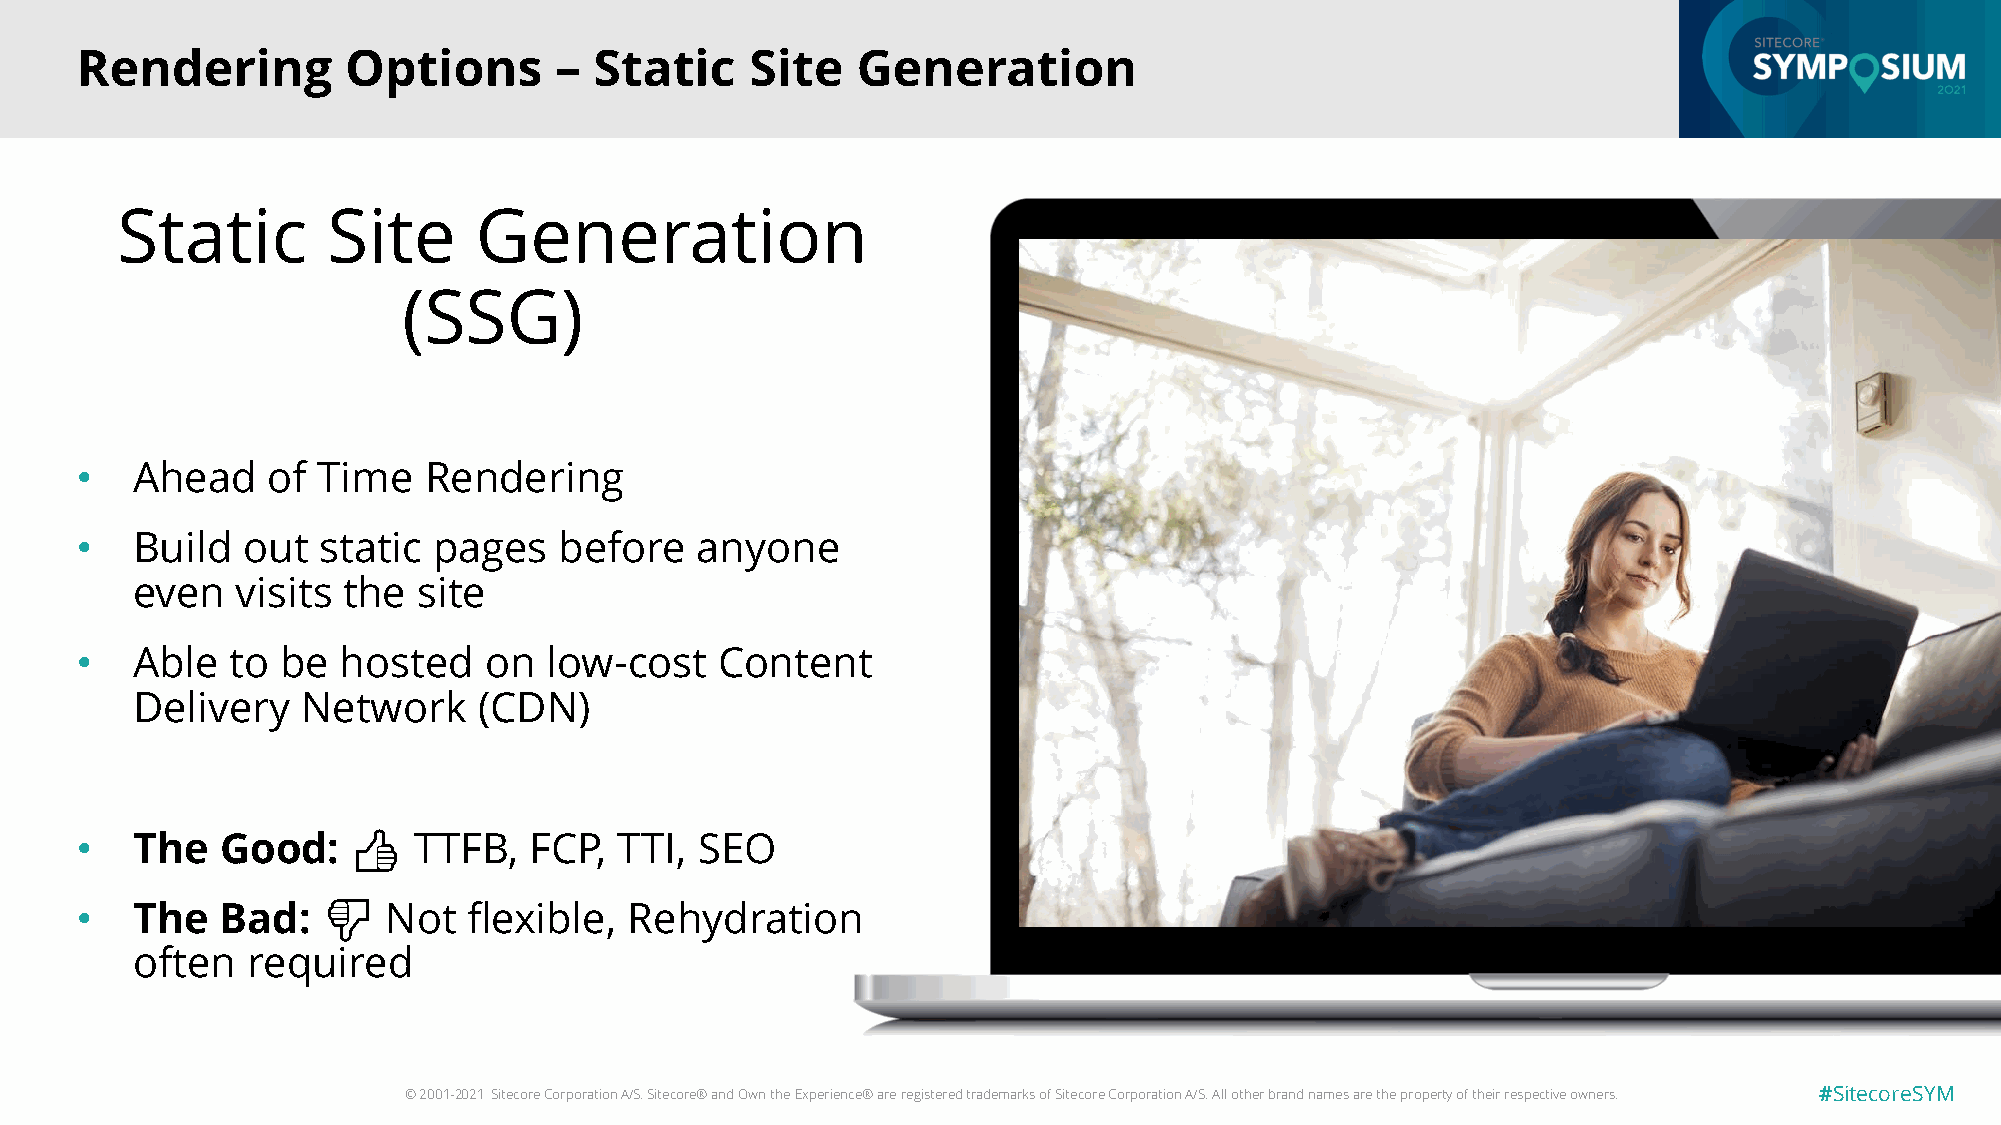
Rendering         Options       – Static     Site   Generation
 Static        Site     Generation
 (SSG)
 •   Ahead    of Time   Rendering
 •   Build  out  static  pages   before   anyone
 even   visits the  site
 •   Able  to  be  hosted   on  low-cost    Content
 Delivery   Network     (CDN)
 •   The   Good:   👍   TTFB,   FCP,  TTI, SEO
 •   The   Bad:  👎   Not   flexible,  Rehydration
 often  required
 © 2001-2021 Sitecore Corporation A/S. Sitecore® and Own the Experience® are registered trademarks of Sitecore Corporation A/S. All other brand names are the property of their respective owners. #SitecoreSYM